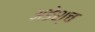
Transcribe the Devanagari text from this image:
अङेश्च